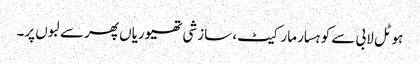
ہوٹل لابی سے کوہسار مارکیٹ، سازشی تھیوریاں پھر سے لبوں پر۔